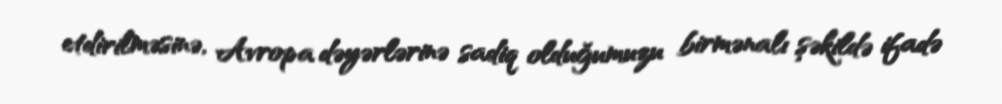
etdirilməsinə, Avropa dəyərlərinə sadiq olduğumuzu birmənalı şəkildə ifadə